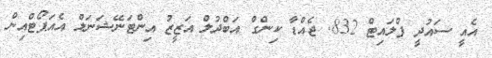
އެއީ ސައުދީ ފްލައިޓް 832